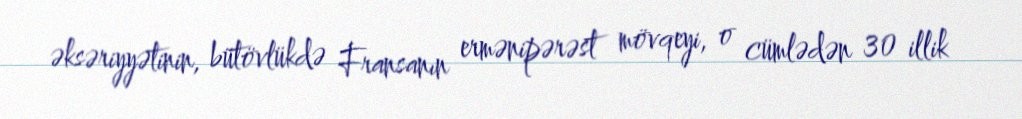
əksəriyyətinin, bütövlükdə Fransanın ermənipərəst mövqeyi, o cümlədən 30 illik